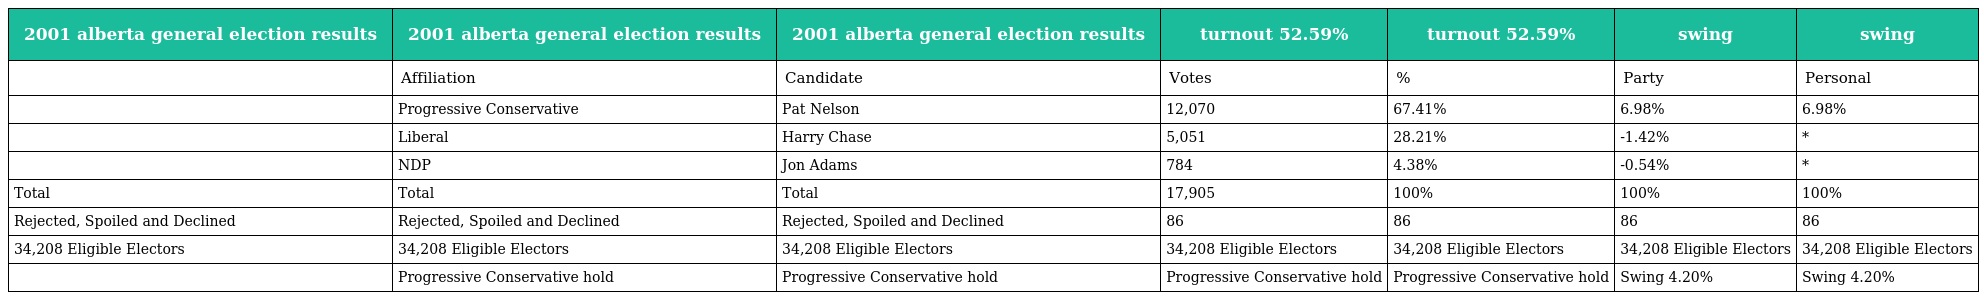
| 2001 alberta general election results | 2001 alberta general election results | 2001 alberta general election results | turnout 52.59% | turnout 52.59% | swing | swing |
 | --- | --- | --- | --- | --- | --- | --- |
 |  | Affiliation | Candidate | Votes | % | Party | Personal |
 |  | Progressive Conservative | Pat Nelson | 12,070 | 67.41% | 6.98% | 6.98% |
 |  | Liberal | Harry Chase | 5,051 | 28.21% | -1.42% | * |
 |  | NDP | Jon Adams | 784 | 4.38% | -0.54% | * |
 | Total | Total | Total | 17,905 | 100% | 100% | 100% |
 | Rejected, Spoiled and Declined | Rejected, Spoiled and Declined | Rejected, Spoiled and Declined | 86 | 86 | 86 | 86 |
 | 34,208 Eligible Electors | 34,208 Eligible Electors | 34,208 Eligible Electors | 34,208 Eligible Electors | 34,208 Eligible Electors | 34,208 Eligible Electors | 34,208 Eligible Electors |
 |  | Progressive Conservative hold | Progressive Conservative hold | Progressive Conservative hold | Progressive Conservative hold | Swing 4.20% | Swing 4.20% |